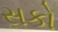
સકો